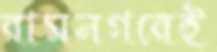
রামনগরেই